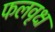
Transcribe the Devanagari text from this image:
फलवृक्ष